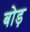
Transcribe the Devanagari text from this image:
बोड़